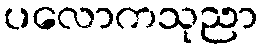
ပလောကသုညာ